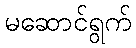
မဆောင်ရွက်